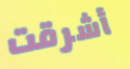
أشرقت